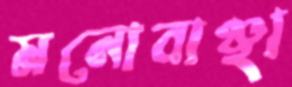
মনোবাঞ্ছা